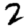
Digit: 2